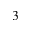
3